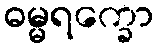
ဓမ္မရက္ခော